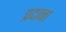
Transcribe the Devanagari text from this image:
प्रदाना